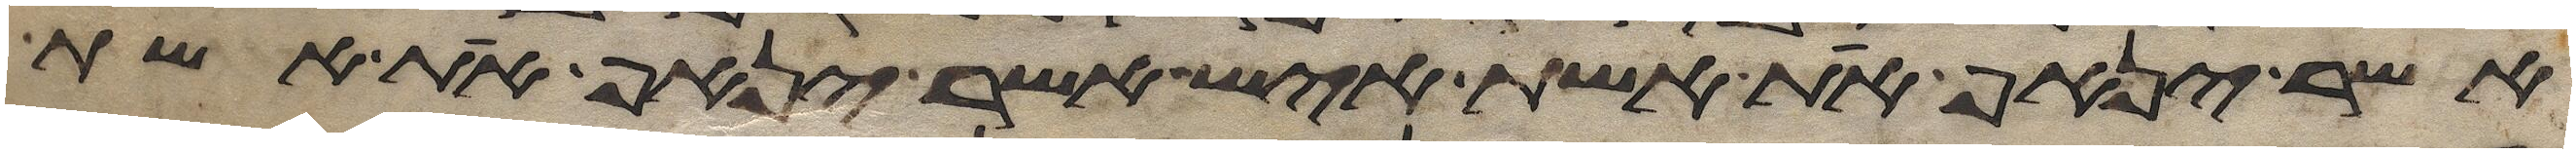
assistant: אשר ינאף את אשת איש אשר ינאף את אשת